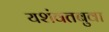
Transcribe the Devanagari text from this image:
यशंवतबुवा